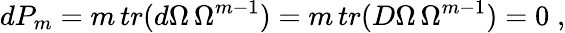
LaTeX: dP_{m}=m\, tr(d\Omega\, \Omega^{m-1})=m\, tr(D\Omega\, \Omega^{m-1})=0\; ,